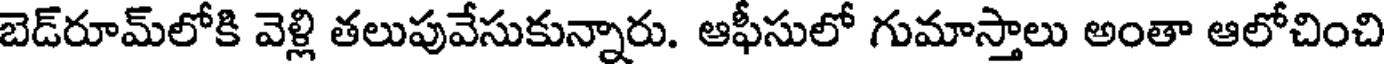
బెడ్రూమ్లోకి వెళ్లి తలుపువేసుకున్నారు. ఆఫీసులో గుమాస్తాలు అంతా ఆలోచించి